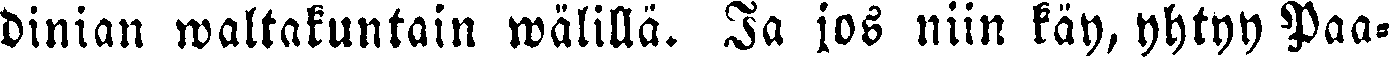
dinian waltakuntain wälillä. Ja jos niin käy, yhtyy Paa-